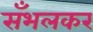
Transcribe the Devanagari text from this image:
सँभलकर